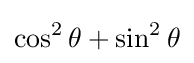
\cos ^{2}\theta +\sin ^{2}\theta